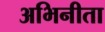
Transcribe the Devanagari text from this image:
अभिनीता